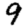
Digit: 9